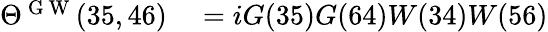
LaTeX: \begin{array}{rl}{\Theta^{\mathrm{~G~W~}}(35,46)}&{{}=iG(35)G(64)W(34)W(56)}\end{array}